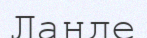
Ланде